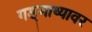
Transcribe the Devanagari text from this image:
गड्माथ्यावर